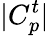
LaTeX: |C_{p}^{t}|